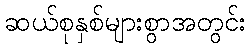
ဆယ်စုနှစ်များစွာအတွင်း